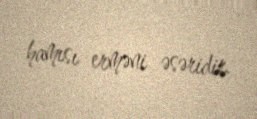
hamısı erməni əsəridir.